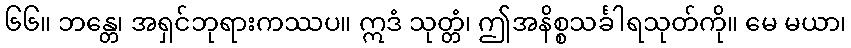
၆၆။ ဘန္တေ၊ အရှင်ဘုရားကဿပ။ ဣဒံ သုတ္တံ၊ ဤအနိစ္စသင်္ခါရသုတ်ကို။ မေ မယာ၊